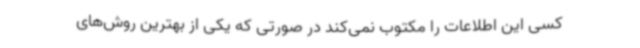
کسی این اطلاعات را مکتوب نمی‌کند در صورتی که یکی از بهترین روش‌های